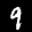
Label: 9